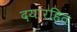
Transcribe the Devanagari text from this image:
दयारहित